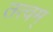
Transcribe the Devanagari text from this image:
तत्वम्